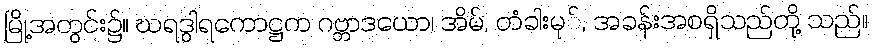
မြို့အတွင်း၌။ ဃရဒွါရကောဋ္ဌက ဂဗ္ဘာဒယော၊ အိမ်, တံခါးမု်, အခန်းအစရှိသည်တို့ သည်။